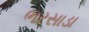
ભરસાડા